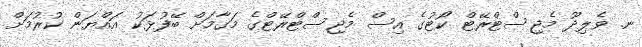
ނ. ވެލިދޫ މެޖިސްޓްރޭޓް ކޯޓުގެ އިސް މެޖިސްޓްރޭޓްގެ މަގާމަށް ބޭފުޅަކު އައްޔަން ކުރުމަށް